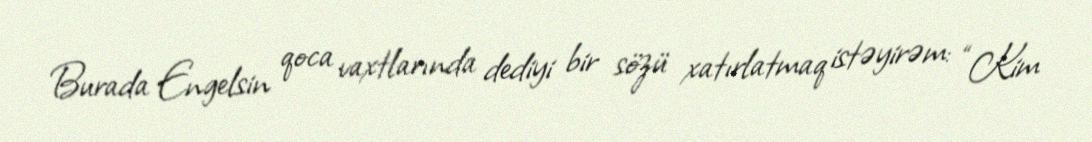
Burada Engelsin qoca vaxtlarında dediyi bir sözü xatırlatmaq istəyirəm: “Kim